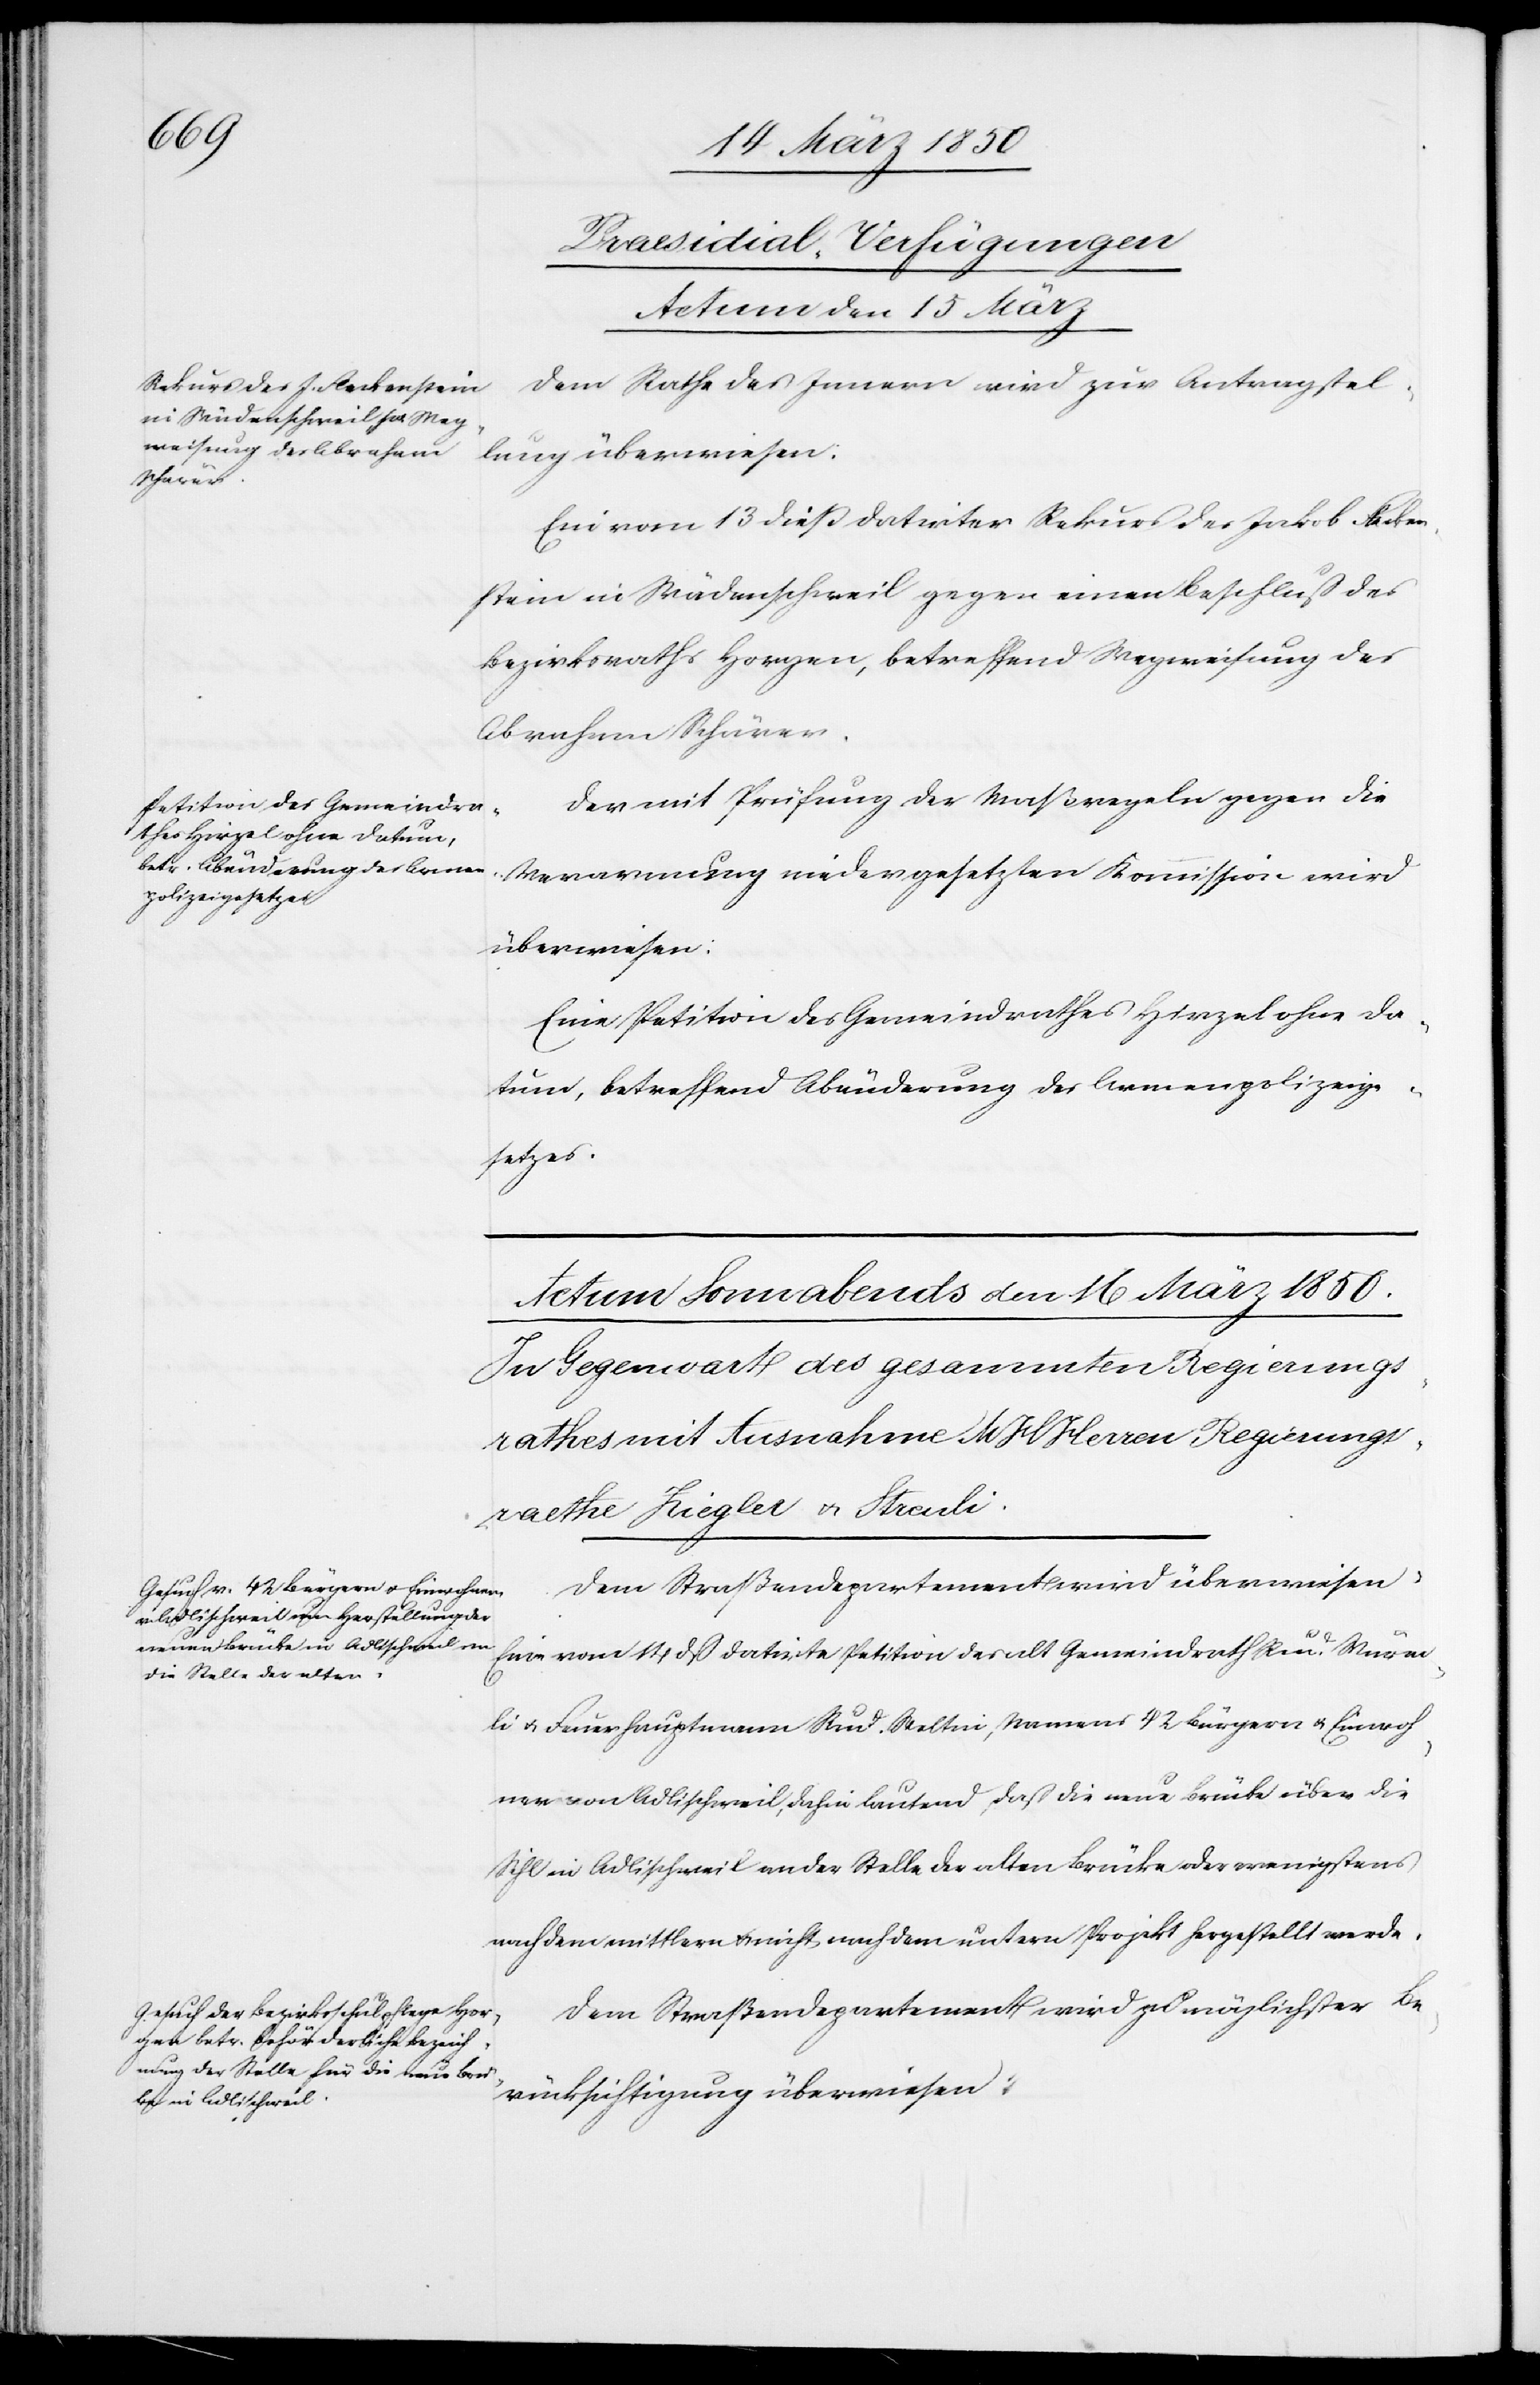
[Praesidial-Verfügungen
Actum den 15 März]
Dem Rathe des Innern wird zur Antragstellung
Ein vom 13 dieß datirter Rekurs des Jakob Flecken¬
stein in Wädenschweil gegen einen Beschluß des
Bezirksraths Horgen, betreffend Wegweisung des
Abraham Schärer.
Der mit Prüfung der Maßregeln gegen die
Verarmung niedergesetzten Kommission wird
überwiesen:
Eine Petition des Gemeindrathes Hirzel ohne Da¬
tum, betreffend Abänderung des Armenpolizeige¬
setzes.
Dem Straßendepartement wird überwiesen:
Eine vom 14 dß datirte Petition des alt Gemeindrath Rud. Würm¬
li u. Feuerhauptmann Rud. Weltni, Namens 42 Bürgern u. Einwoh¬
nern von Adlischweil, dahin lautend, daß die neue Brücke über die
Sihl in Adlischweil an der Stelle der alten Brücke oder wenigstens
nach dem mittlern u. nicht nach dem untern Projekt hergestellt werde.
Dem Straßendepartement wird zu möglichster Be¬
rücksichtigung überwiesen: